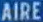
AIRE